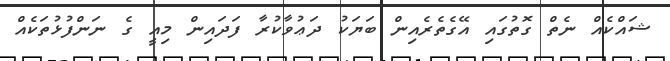
ޝައްކެއް ނެތް ގޮތުގައި އޭގެތެރެއިން ބަޔަކު ދަޢުވާކުރާ ފަދައިން މިއީ ގެ ނަންފުޅުތަކެއް